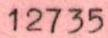
12735